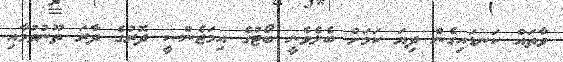
ވާތައް ކަނޑައިގެން ދިޔަ ކަމަށް ބެލެވެނީ ބޯޓުގެ އިމަޖެންސީ ދޮރުގެ ދާރަ ތޫނުވުމާއި